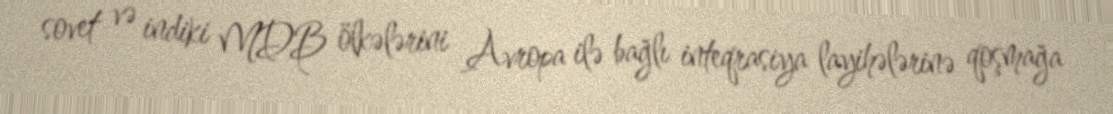
sovet və indiki MDB ölkələrini Avropa ilə bağlı inteqrasiya layihələrinə qoşmağa